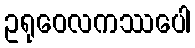
ဥရုဝေလကဿပေါ